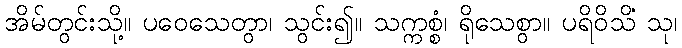
အိမ်တွင်းသို့။ ပဝေသေတွာ၊ သွင်း၍။ သက္ကစ္စံ၊ ရိုသေစွာ။ ပရိဝိသိံ သု၊